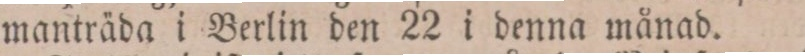
manträda i Berlin den 22 i denna månad.